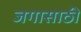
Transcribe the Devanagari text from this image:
जगासाठी